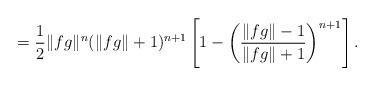
LaTeX: \begin{align*}= \frac12 \|fg\|^n (\|fg\| + 1)^{n+1} \left[ 1 - \left(\frac{\|fg\| - 1}{\|fg\| + 1}\right)^{n+1} \right].\end{align*}